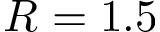
R = 1 . 5